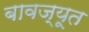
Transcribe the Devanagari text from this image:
बावज्यूत